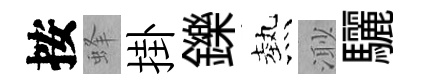
按蜂掛鑠熱𣺌驪